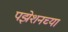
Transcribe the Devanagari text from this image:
पझेशनच्या